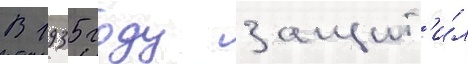
В 1935 году защит'и́л